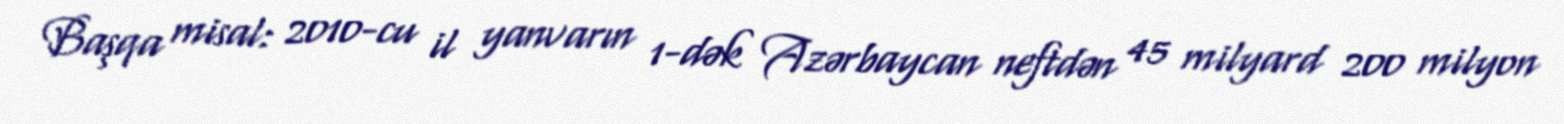
Başqa misal: 2010-cu il yanvarın 1-dək Azərbaycan neftdən 45 milyard 200 milyon